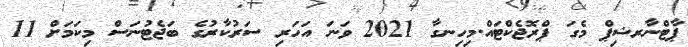
ޕާޓްނާރޝިޕް މެގަ ޕްރޮޖެކްޓައް.މިހިނގާ 2021 ވަނަ އަހަރި ސަރުކާރުގެ ބަޖެޓުނަސް މިކަމަށް 11